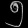
Digit: ၅